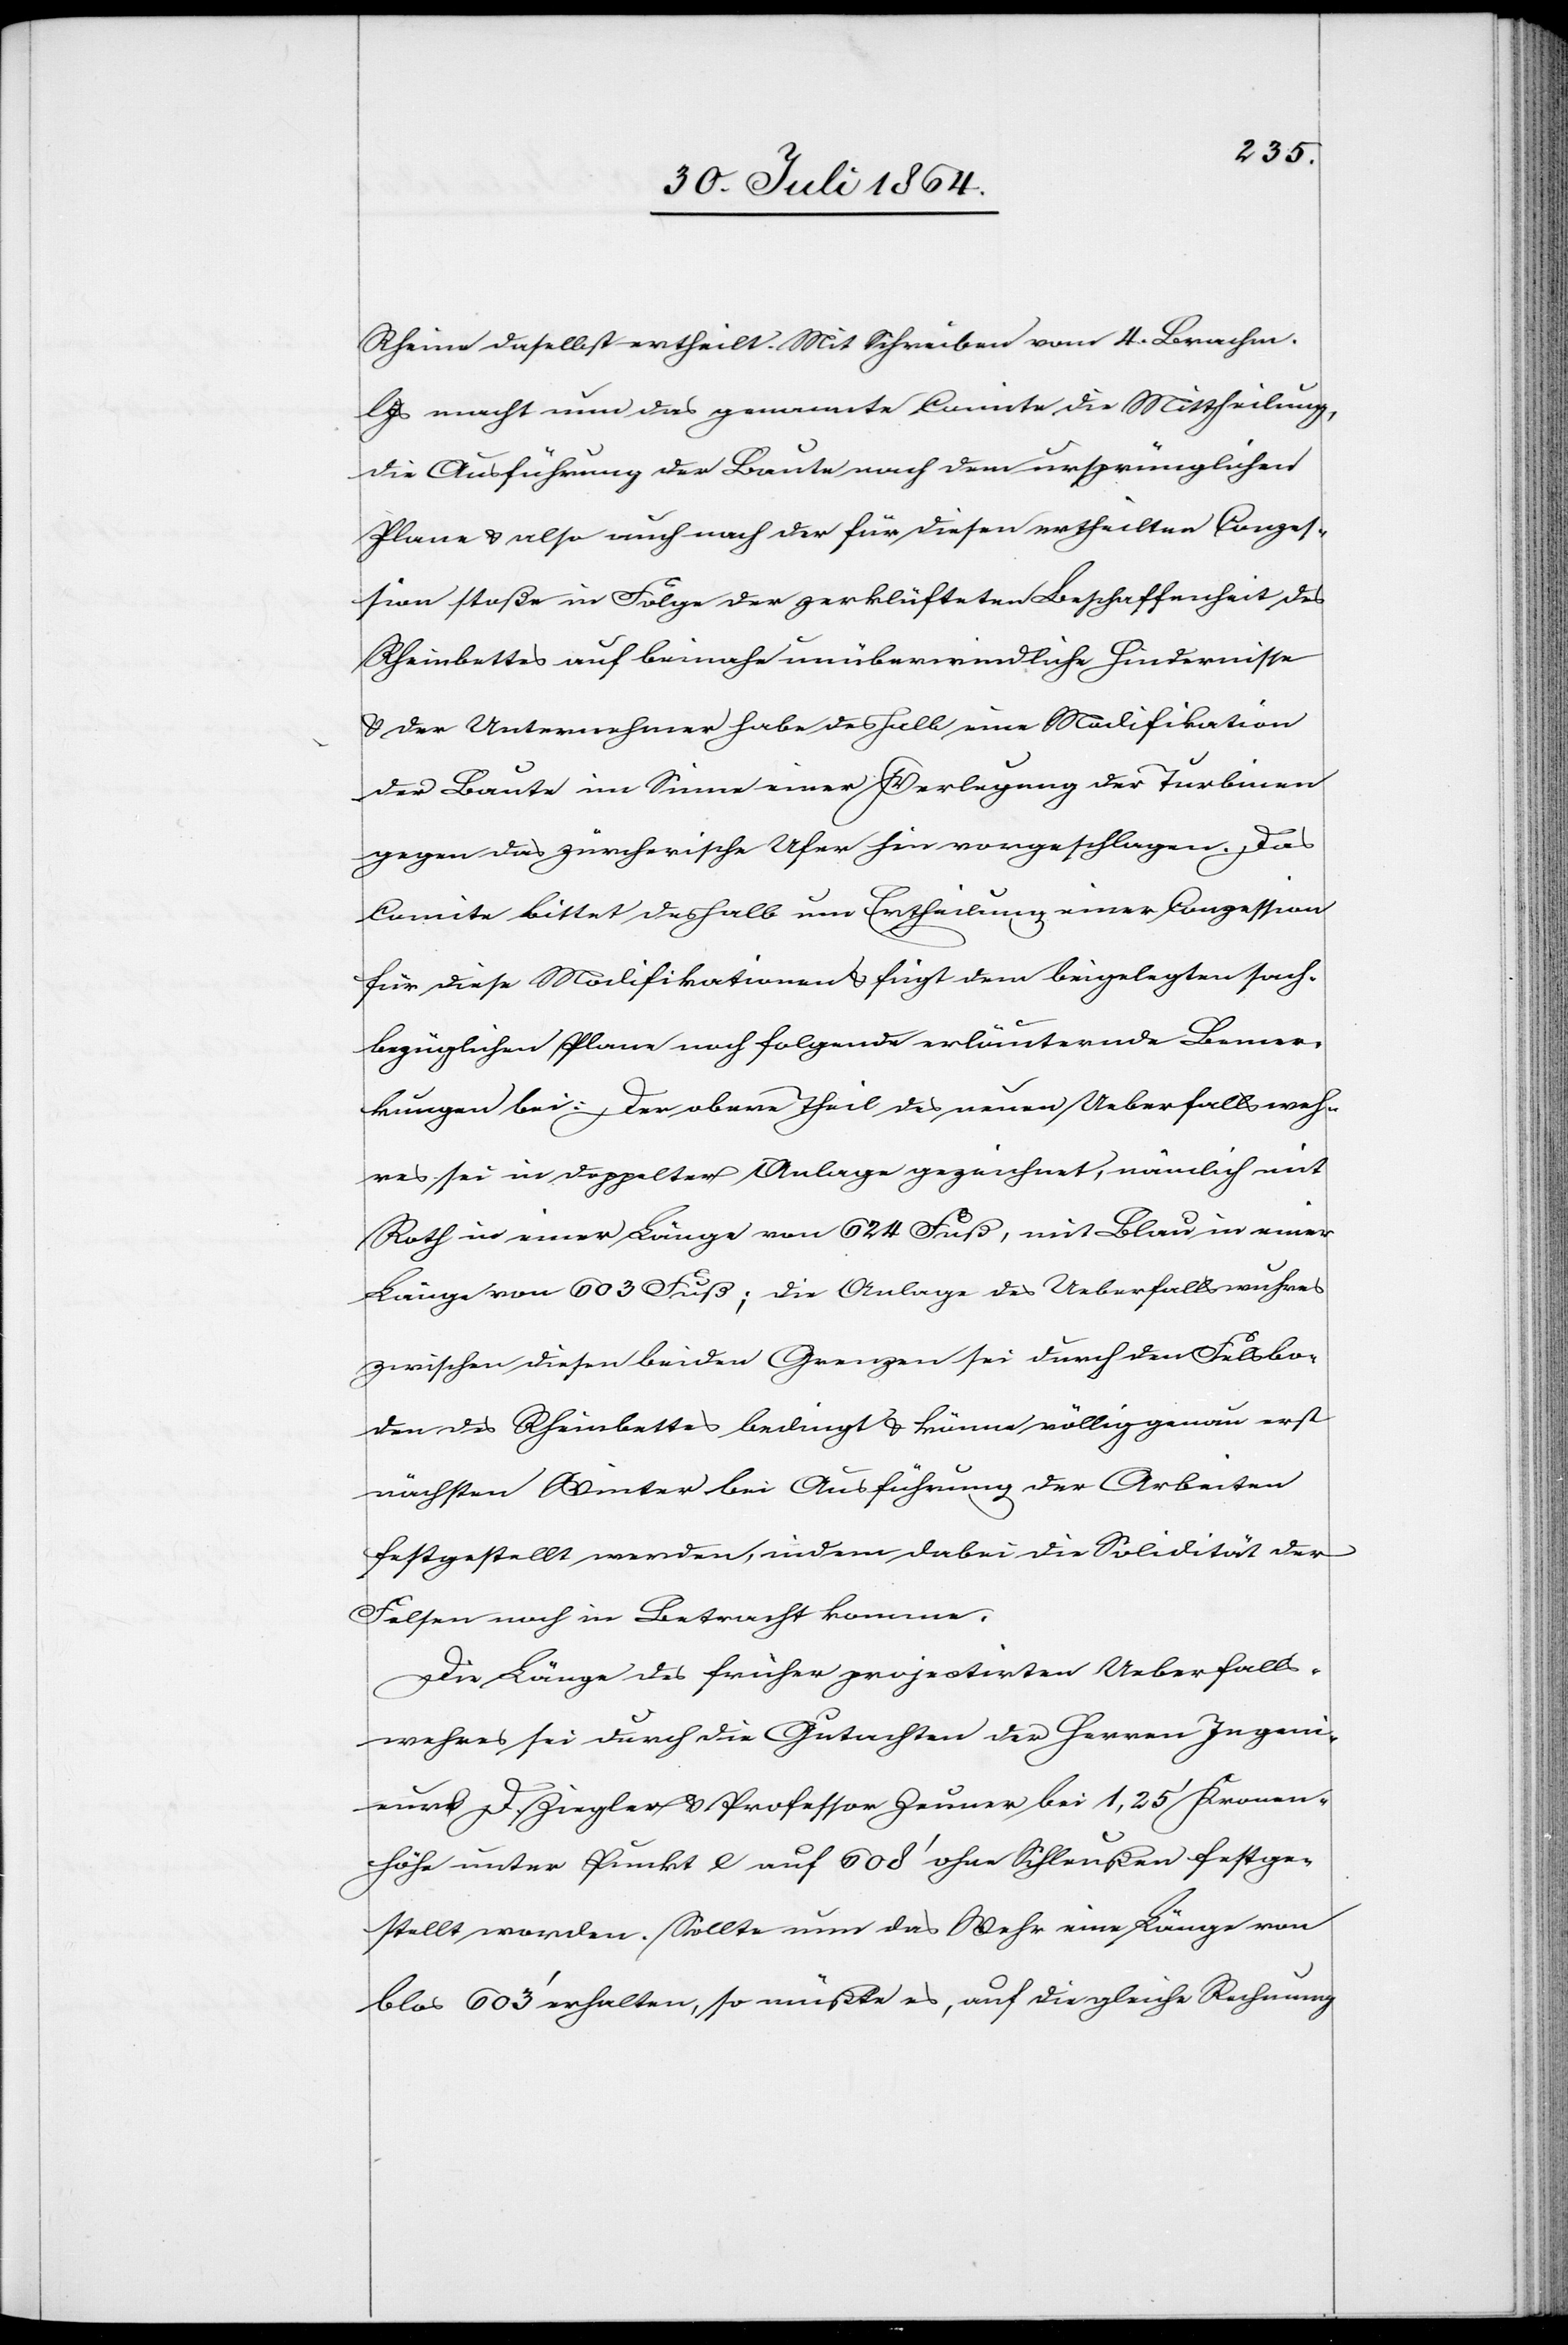
Rheine daselbst ertheilt. Mit Schreiben vom 4. Brachm.
l Js. macht nun das genannte Comite die Mittheilung,
die Ausführung der Baute nach dem ursprünglichen
Plane & also auch nach der für diesen ertheilten Conzes¬
sion stoße in Folge der zerklüfteten Beschaffenheit des
Rheinbettes auf beinahe unüberwindliche Hindernisse
& der Unternehmer habe deshalb eine Modifikation
der Baute im Sinne einer Verlegung der Turbinen
gegen das zürcherische Ufer hin vorgeschlagen. Das
Comite bittet deshalb um Ertheilung einer Conzession
für diese Modifikation & fügt dem beigelegten sach¬
bezüglichen Plane nachfolgende erläuternde Bemer¬
kungen bei: Der obere Theil des neuen Ueberfallsweh¬
res sei in doppelter Anlage gezeichnet, nämlich mit
Roth in einer Länge von 624 Fuß, mit Blau in einer
Länge von 603 Fuß; die Anlage des Ueberfallswuhres
zwischen diesen beiden Grenzen sei durch den Felsbo¬
den des Rheinbettes bedingt & könne völlig genau erst
nächsten Winter bei Ausführung der Arbeiten
festgestellt werden, indem dabei die Solidität der
Felsen noch in Betracht komme.
Die Länge des früher projectirten Ueberfalls¬
wehres sei durch die Gutachten der Herren Ingeni¬
eur D. Ziegler & Professor Zeuner bei 1,25’ Kronen¬
höhe unter Punkt e auf 608’ ohne Schleuße festge¬
stellt worden. Sollte nun das Wehr eine Länge von
blos 603’ erhalten, so müßte es, auf die gleiche Rechnung